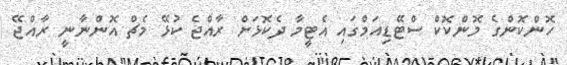
ހޮންކޮންގެ މޮންކޮކް ސްޓޭޑިއަމްގައި އެޓީމާ ދެކޮޅަށް ރާއްޖެ ކުޅޭ މެޗް އޮންނާނީ ރާއްޖޭ